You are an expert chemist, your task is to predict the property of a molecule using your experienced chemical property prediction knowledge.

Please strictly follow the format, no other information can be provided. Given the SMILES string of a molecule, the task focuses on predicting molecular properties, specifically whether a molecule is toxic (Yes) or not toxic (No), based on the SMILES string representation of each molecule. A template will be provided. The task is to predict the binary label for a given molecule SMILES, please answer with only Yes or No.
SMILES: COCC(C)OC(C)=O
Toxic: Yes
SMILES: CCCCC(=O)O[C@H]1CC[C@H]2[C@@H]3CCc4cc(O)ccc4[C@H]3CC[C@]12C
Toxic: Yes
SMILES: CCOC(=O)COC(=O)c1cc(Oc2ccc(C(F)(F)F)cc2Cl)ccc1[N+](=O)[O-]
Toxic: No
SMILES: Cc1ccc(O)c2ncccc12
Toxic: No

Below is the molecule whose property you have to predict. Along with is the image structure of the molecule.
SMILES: CCCCCCCCCCCC(=O)NCCCN(C)C
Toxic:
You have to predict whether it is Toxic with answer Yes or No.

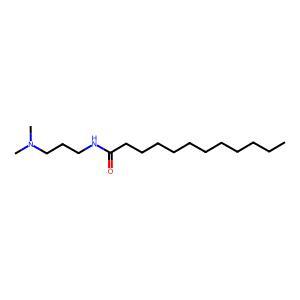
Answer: No